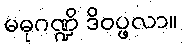
မဓုဂဏ္ဍိ ဒိဝပ္ဖလာ။